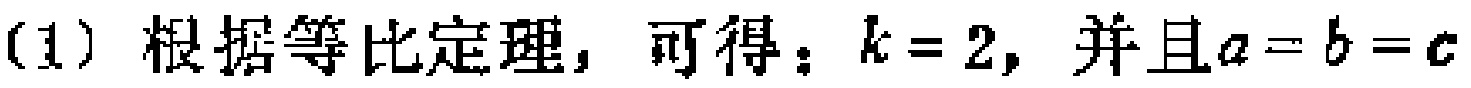
(1) 根据等比定理，可得：\(k = 2\)，并且\(a = b = c\)